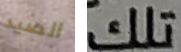
الصيد تلك